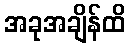
အခုအချိန်ထိ